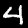
Label: 4